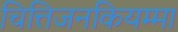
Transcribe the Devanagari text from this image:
चित्तिजनकियम्मा